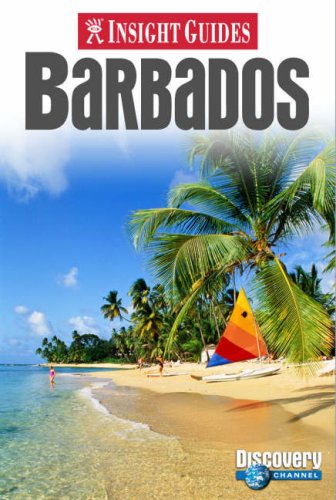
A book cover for Barbados Insight Guide (Insight Guides) (Insight Guides); Apa; Travel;